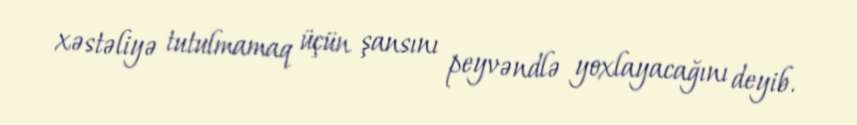
xəstəliyə tutulmamaq üçün şansını peyvəndlə yoxlayacağını deyib.